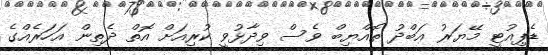
ޑެޕިއުޓީ މޭޔަރު އަބްދު ތޮއްޔިބް ވެސް ވިދާޅުވީ ކުރިއަށް އޮތް ދެތިން އަހަރެއްގެ